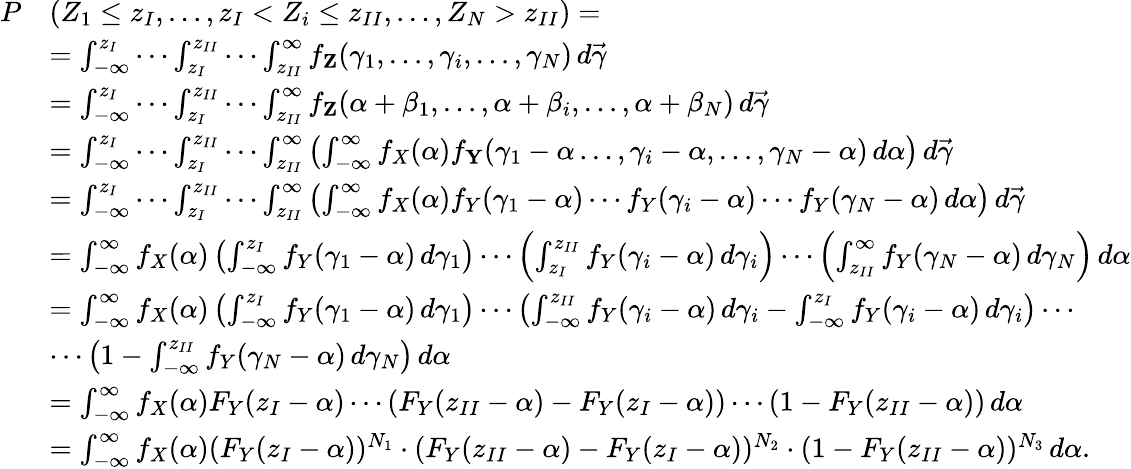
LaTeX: \begin{array}{rl}{P}&{(Z_{1}\leq z_{I},\dotsc,z_{I}<Z_{i}\leq z_{II},\dotsc,Z_{N}>z_{II})=}\\ &{=\int_{-\infty}^{z_{I}}\dotsm\int_{z_{I}}^{z_{II}}\dotsm\int_{z_{II}}^{\infty}f_{\textbf{Z}}({\gamma}_{1},\dotsc,{\gamma}_{i},\dotsc,{\gamma}_{N})\, d\vec{\gamma}}\\ &{=\int_{-\infty}^{z_{I}}\dotsm\int_{z_{I}}^{z_{II}}\dotsm\int_{z_{II}}^{\infty}f_{\textbf{Z}}(\alpha+{\beta}_{1},\dotsc,\alpha+{\beta}_{i},\dotsc,\alpha+{\beta}_{N})\, d\vec{\gamma}}\\ &{=\int_{-\infty}^{z_{I}}\dotsm\int_{z_{I}}^{z_{II}}\dotsm\int_{z_{II}}^{\infty}\left(\int_{-\infty}^{\infty}f_{X}(\alpha)f_{\textbf{Y}}({\gamma}_{1}-\alpha\dotsc,{\gamma}_{i}-\alpha,\dotsc,{\gamma}_{N}-\alpha)\, d\alpha\right)\, d\vec{\gamma}}\\ &{=\int_{-\infty}^{z_{I}}\dotsm\int_{z_{I}}^{z_{II}}\dotsm\int_{z_{II}}^{\infty}\left(\int_{-\infty}^{\infty}f_{X}(\alpha)f_{Y}({\gamma}_{1}-\alpha)\dotsm f_{Y}({\gamma}_{i}-\alpha)\dotsm f_{Y}({\gamma}_{N}-\alpha)\, d\alpha\right)\, d\vec{\gamma}}\\ &{=\int_{-\infty}^{\infty}f_{X}(\alpha)\left(\int_{-\infty}^{z_{I}}f_{Y}({\gamma}_{1}-\alpha)\, d{\gamma}_{1}\right)\dotsm\left(\int_{z_{I}}^{z_{II}}f_{Y}({\gamma}_{i}-\alpha)\, d{\gamma}_{i}\right)\dotsm\left(\int_{z_{II}}^{\infty}f_{Y}({\gamma}_{N}-\alpha)\, d{\gamma}_{N}\right)\, d\alpha}\\ &{=\int_{-\infty}^{\infty}f_{X}(\alpha)\left(\int_{-\infty}^{z_{I}}f_{Y}({\gamma}_{1}-\alpha)\, d{\gamma}_{1}\right)\dotsm\left(\int_{-\infty}^{z_{II}}f_{Y}({\gamma}_{i}-\alpha)\, d{\gamma}_{i}-\int_{-\infty}^{z_{I}}f_{Y}({\gamma}_{i}-\alpha)\, d{\gamma}_{i}\right)\dotsm}\\ &{\dotsm\left(1-\int_{-\infty}^{z_{II}}f_{Y}({\gamma}_{N}-\alpha)\, d{\gamma}_{N}\right)\, d\alpha}\\ &{=\int_{-\infty}^{\infty}f_{X}(\alpha)F_{Y}(z_{I}-\alpha)\dotsm\left(F_{Y}(z_{II}-\alpha)-F_{Y}(z_{I}-\alpha)\right)\dotsm\left(1-F_{Y}(z_{II}-\alpha)\right)\, d\alpha}\\ &{=\int_{-\infty}^{\infty}f_{X}(\alpha)(F_{Y}(z_{I}-\alpha))^{N_{1}}\cdot(F_{Y}(z_{II}-\alpha)-F_{Y}(z_{I}-\alpha))^{N_{2}}\cdot(1-F_{Y}(z_{II}-\alpha))^{N_{3}}\, d\alpha.}\end{array}